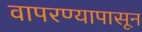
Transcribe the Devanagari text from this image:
वापरण्यापासून